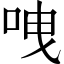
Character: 㖂